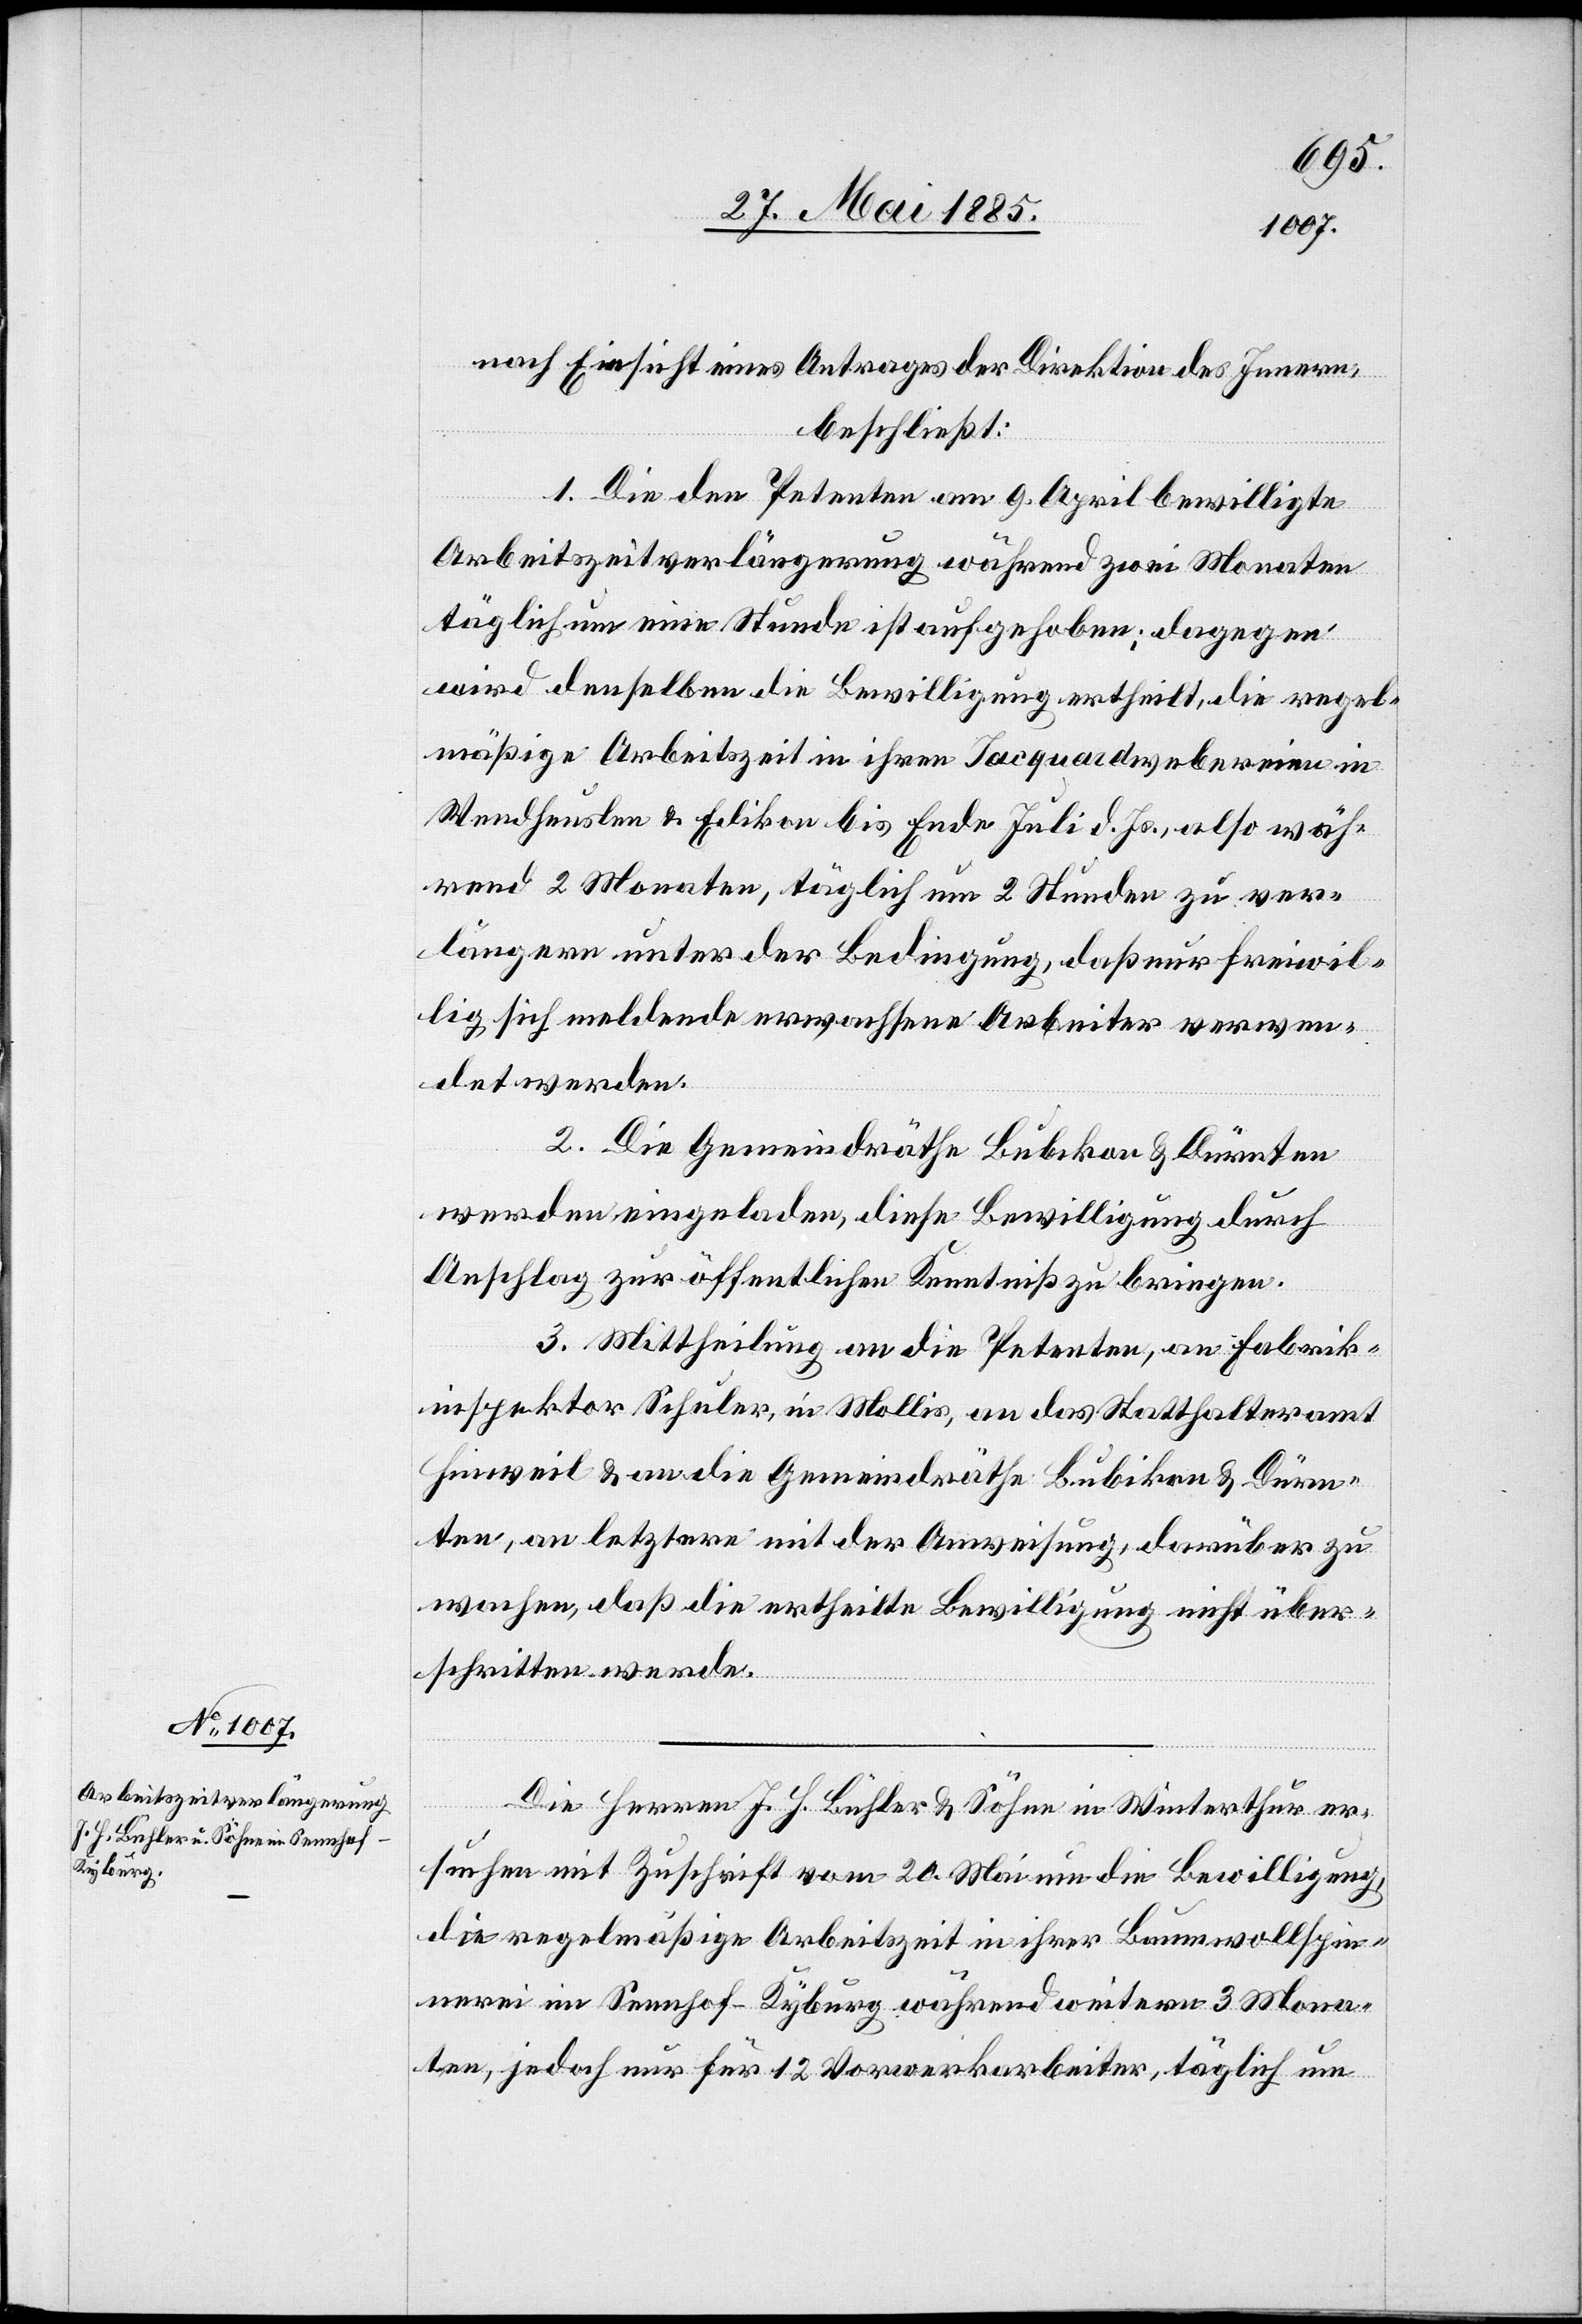
nach Einsicht eines Antrages der Direktion des Innern,
beschließt
1. Die den Petenten am 9. April bewilligte
Arbeitszeitverlängerung während zwei Monaten
täglich um eine Stunde ist aufgehoben; dagegen
wird denselben die Bewilligung ertheilt, die regel¬
mäßige Arbeitszeit in ihren Jacquardwebereien in
Wendheuslen & Edikon bis Ende Juli d. Js., also wäh¬
rend 2 Monaten, täglich um 2 Stunden zu ver¬
längern unter der Bedingung, daß nur freiwil¬
lig sich meldende erwachsene Arbeiter verwen¬
det werden.
2. Die Gemeindräthe Bubikon & Dürnten
werden eingeladen, diese Bewilligung durch
Anschlag zur öffentlichen Kenntniß zu bringen.
3. Mittheilung an die Petenten, an Fabrik¬
inspektor Schuler, in Mollis, an das Statthalteramt
Hinweil & an die Gemeindräthe Bubikon & Dürn¬
ten, an letztere mit der Anweisung, darüber zu
wachen, daß die ertheilte Bewilligung nicht über¬
schritten werde.
Die Herren J. H. Bühler & Söhne in Winterthur er¬
suchen mit Zuschrift vom 20. Mai um die Bewilligung,
die regelmäßige Arbeitszeit in ihrer Baumwollspin¬
nerei im Sennhof - Kyburg während weitern 3 Mona¬
ten, jedoch nur für 12 Vorwerkarbeiter, täglich um